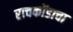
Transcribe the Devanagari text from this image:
राचकोंडाचा